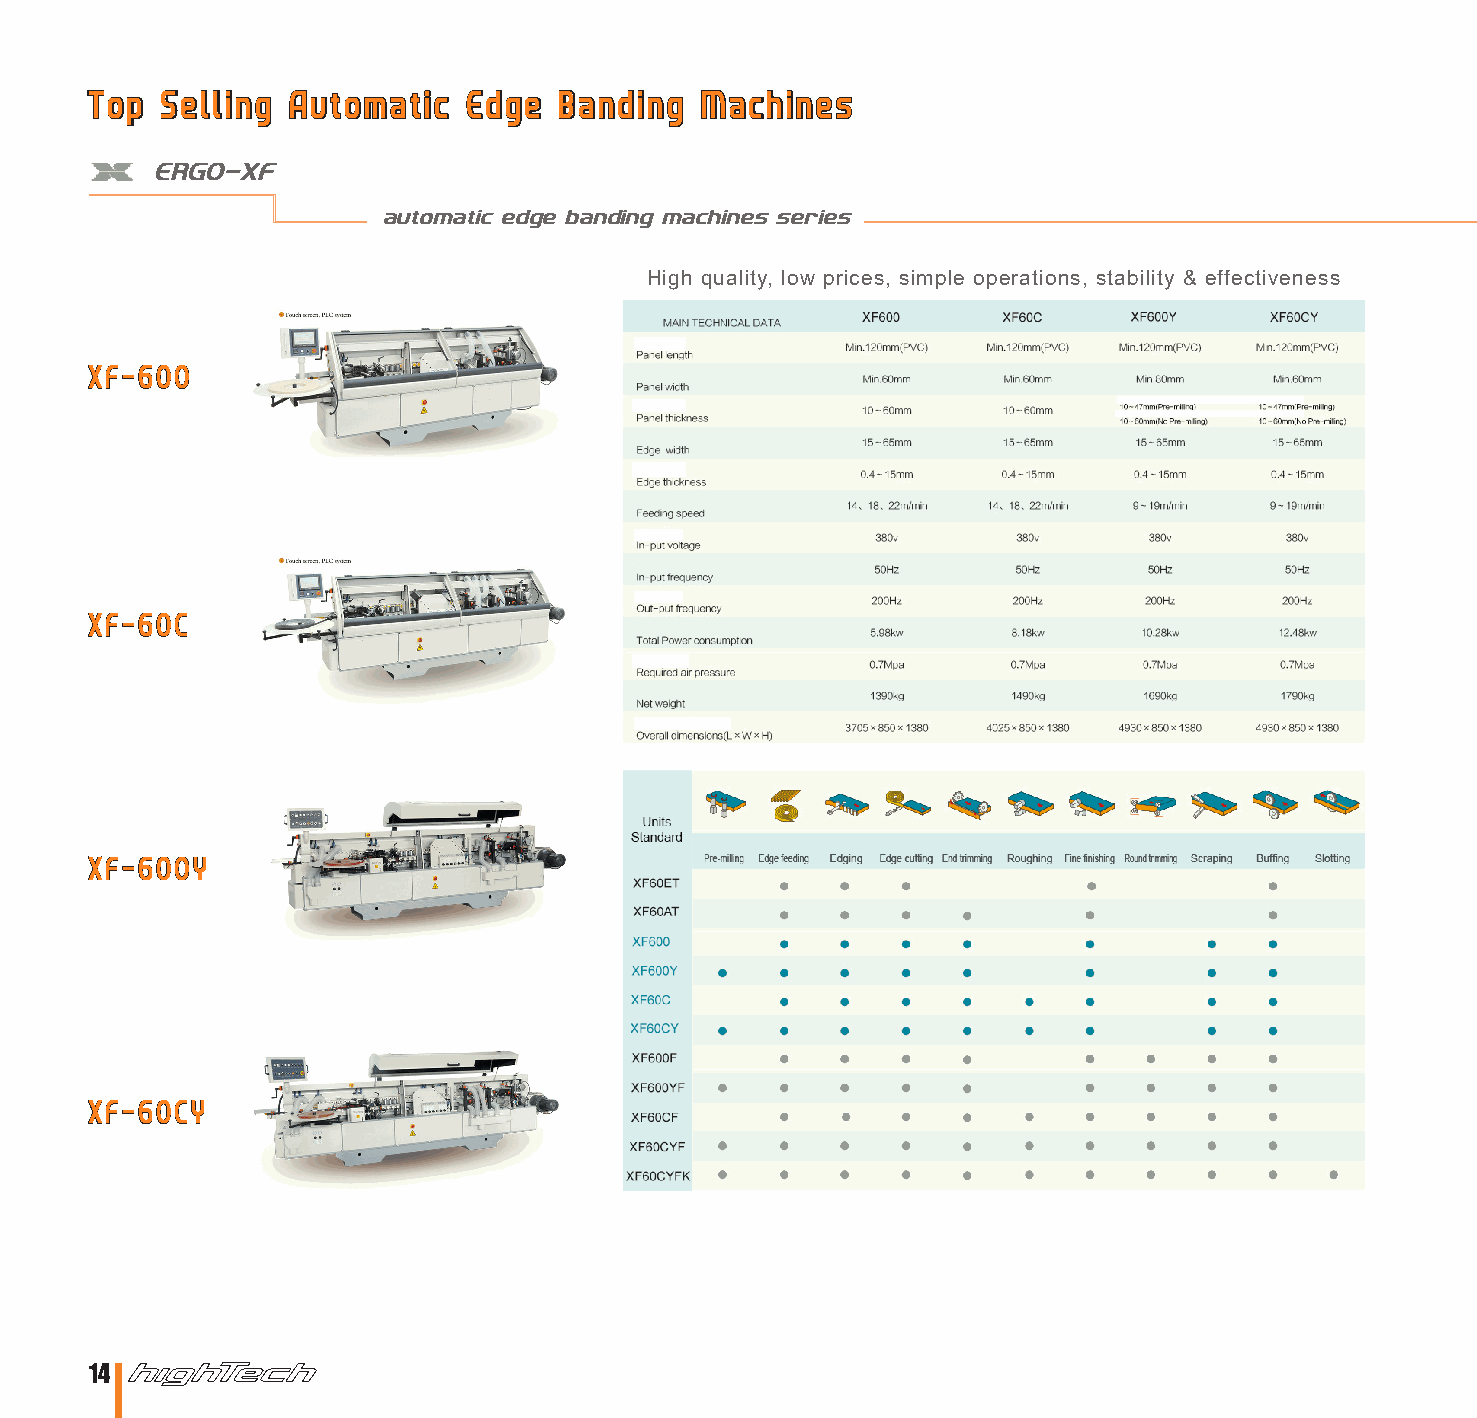
Top  Selling Automatic   Edge  Banding  Machines
 ERGO-XF
 automatic edge banding machines series
 High quality, low prices, simple operations, stability & effectiveness
 XF-600
 XF-60C
 XF-600Y
 XF-60CY
 14